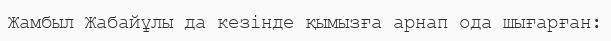
Жамбыл Жабайұлы да кезінде қымызға арнап ода шығарған: